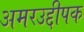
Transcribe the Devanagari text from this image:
अमरउद्दीपक